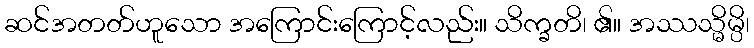
ဆင်အတတ်ဟူသော အကြောင်းကြောင့်လည်း။ သိက္ခတိ၊ ၏။ အဿသ္မိမ္ပိ၊